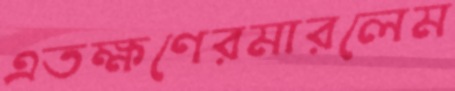
এতক্ষণেরমারলেম